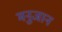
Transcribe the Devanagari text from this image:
मनुजान